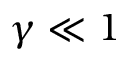
\gamma \ll 1